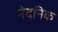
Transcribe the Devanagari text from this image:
नेदनिक